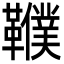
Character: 𩍩